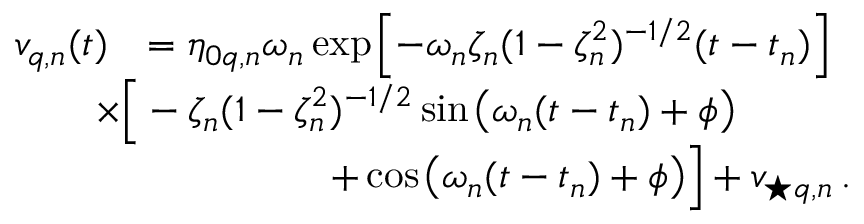
\begin{array} { r l } { v _ { q , n } ( t ) } & { = \eta _ { 0 q , n } \omega _ { n } \exp \! \; \! \left[ { - \omega _ { n } \zeta _ { n } ( 1 - \zeta _ { n } ^ { 2 } ) ^ { - 1 / 2 } ( t - t _ { n } ) } \right] } \\ & { \! \! \! \! \! \! \! \! \times \Big [ - \zeta _ { n } ( 1 - \zeta _ { n } ^ { 2 } ) ^ { - 1 / 2 } \sin \! \; \! \big ( \omega _ { n } ( t - t _ { n } ) + \phi \big ) } \\ & { \! \! \! \! \! \! \! \! \quad \quad \quad \quad \quad \quad + \cos \! \; \! \big ( \omega _ { n } ( t - t _ { n } ) + \phi \big ) \Big ] + v _ { \star q , n } \, . } \end{array}